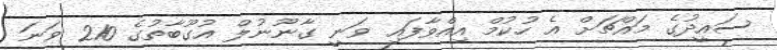
ސައީދުގެ މައްޗަށް އެ ހުކުމް އިއްވާފައި ވަނީ ގާނޫނުލް އުގޫބާތުގެ 210 ވަނަ